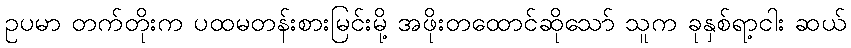
ဥပမာ တက်တိုးက ပထမတန်းစားမြင်းမို့ အဖိုးတထောင်ဆိုသော် သူက ခုနှစ်ရာ့ငါး ဆယ်